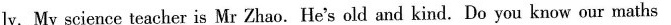
ly. My science teacher is Mr Zhao.He's old and kind. Do you know our maths